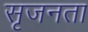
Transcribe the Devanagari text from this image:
सृजनता